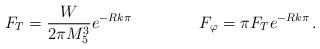
LaTeX: \begin{align*}F_T=\frac{W}{2\pi M^3_5}e^{-Rk\pi}\,\qquad\qquad F_\varphi=\pi F_Te^{-Rk\pi}\, .\end{align*}